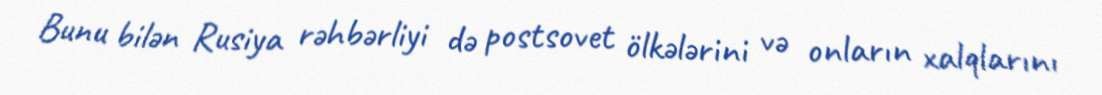
Bunu bilən Rusiya rəhbərliyi də postsovet ölkələrini və onların xalqlarını